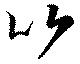
以